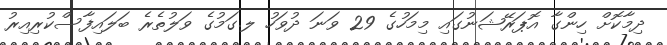
ދިމާކޮށް ހިންގާ އޮޕަރޭޝަނުގައި މިމަހުގެ 29 ވަނަ ދުވަހު ލ.ގަމުގެ ވަލުތެރެ ބަލައިފާސްކުރިއިރު